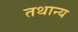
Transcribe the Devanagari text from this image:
तथान्य